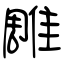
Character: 雕